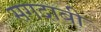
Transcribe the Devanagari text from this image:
सगदाबी